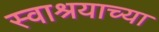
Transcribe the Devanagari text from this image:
स्वाश्रयाच्या